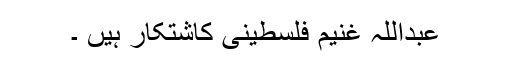
عبداللہ غنیم فلسطینی کاشتکار ہیں ۔